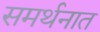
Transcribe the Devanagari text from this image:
समर्थनात